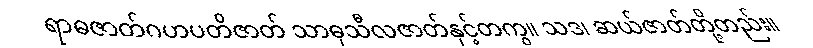
ရာဓဇာတ်ဂဟပတိဇာတ် သာဓုသီလဇာတ်နှင့်တကွ။ သဒ၊ ဆယ်ဇာတ်တို့တည်း။